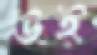
উই